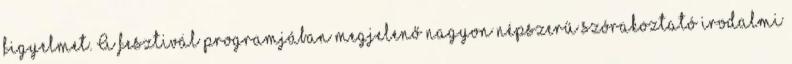
figyelmet. A fesztivál programjában megjelenő nagyon népszerű szórakoztató irodalmi